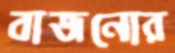
বাজনোর